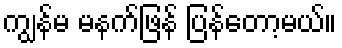
ကျွန်မ မနက်ဖြန် ပြန်တော့မယ်။